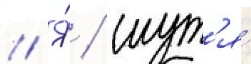
// Я́ / шут'я́